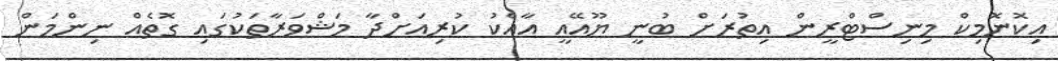
އިކޮނޮމިކް މިނިސްޓްރީން އިތުރަށް ބުނީ ޔޫއޭއީ އާއެކު ކުރިއަށްދާ މަޝްވަރާތަކުގައި ގޮތެއް ނިންމަން